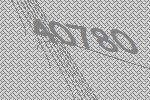
40780